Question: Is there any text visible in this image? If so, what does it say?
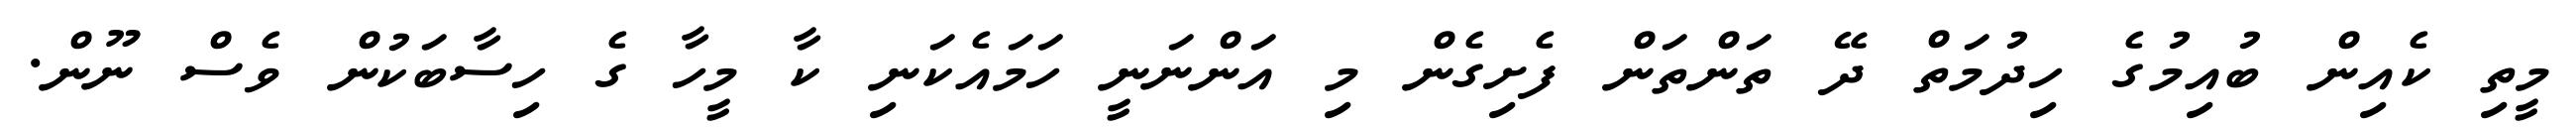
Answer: މީތި ކެއިން ބުއިމުގެ ހިދުމަތް ދޭ ތަންތަން ފެށިގެން މި އަންނަނީ ހަމައެކަނި ކާ މީހާ ގެ ހިސާބަކުން ވެސް ނޫން.